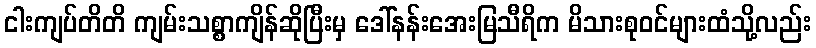
ငါးကျပ်တိတိ ကျမ်းသစ္စာကျိန်ဆိုပြီးမှ ဒေါ်နန်းအေးမြသီရိက မိသားစုဝင်များထံသို့လည်း